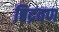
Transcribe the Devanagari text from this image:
विद्रवण